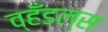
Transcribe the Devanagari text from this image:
व्हँडल्स